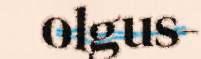
olgus-